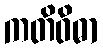
ကတိဝိဓာ